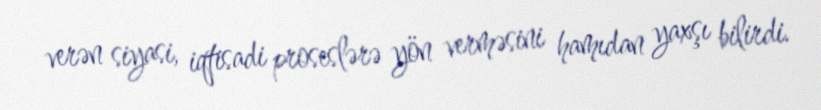
verən siyasi, iqtisadi proseslərə yön verməsini hamıdan yaxşı bilirdi.